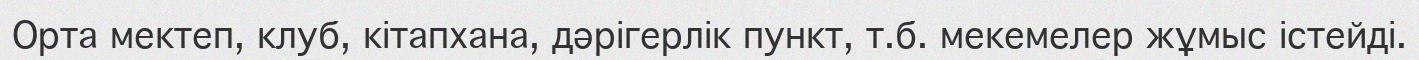
Орта мектеп, клуб, кітапхана, дәрігерлік пункт, т.б. мекемелер жұмыс істейді.